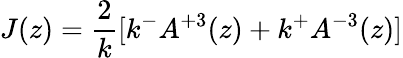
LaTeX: J(z)=\frac{2}{k}[k^{-}A^{+3}(z)+k^{+}A^{-3}(z)]